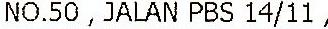
NO.50, JALAN PBS 14/11,